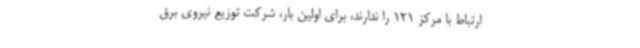
ارتباط با مرکز 121 را ندارند، برای اولین بار، شرکت توزیع نیروی برق